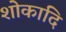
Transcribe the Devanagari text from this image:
शोकादि